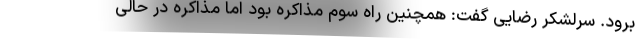
برود. سرلشکر رضایی گفت: همچنین راه سوم مذاکره بود اما مذاکره در حالی